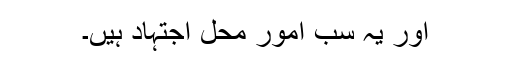
اور یہ سب امور محل اجتہاد ہیں۔